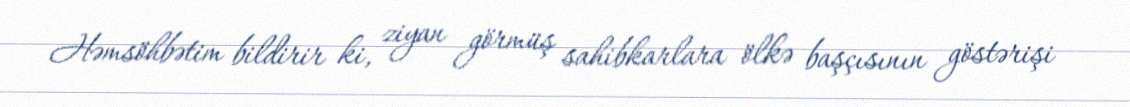
Həmsöhbətim bildirir ki, ziyan görmüş sahibkarlara ölkə başçısının göstərişi